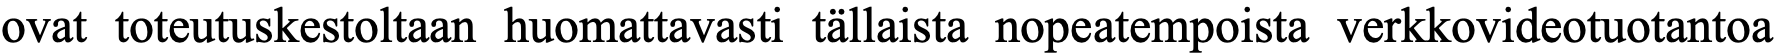
ovat toteutuskestoltaan huomattavasti tällaista nopeatempoista verkkovideotuotantoa